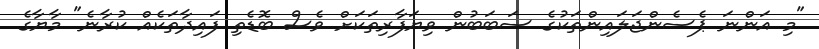
"މި އަންނަ ޕެސެންޖަލައިންތަކުގެ ސަބަބުން ވިޔަފާރިތަކަށް ވެސް ބޮޑެތި ފައިދާތަކެއް ކުރާނެ" މާޔާގެ